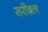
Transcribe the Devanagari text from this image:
सरीब्रल